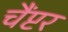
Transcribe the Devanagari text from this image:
चैंप्टर